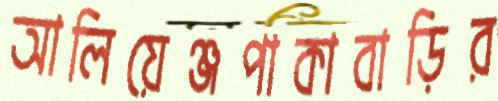
আলিয়েঞ্জপাকাবাড়ির